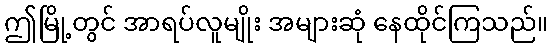
ဤမြို့တွင် အာရပ်လူမျိုး အများဆုံ နေထိုင်ကြသည်။